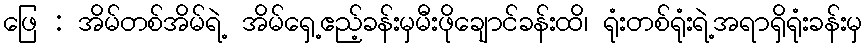
ဖြေ : အိမ်တစ်အိမ်ရဲ့ အိမ်ရှေ့ဧည့်ခန်းမှမီးဖိုချောင်ခန်းထိ၊ ရုံးတစ်ရုံးရဲ့အရာရှိရုံးခန်းမှ